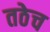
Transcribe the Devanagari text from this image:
तठेच